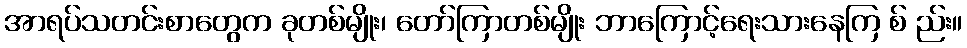
အာရပ်သတင်းစာတွေက ခုတစ်မျိုး၊ တော်ကြာတစ်မျိုး ဘာကြောင့်ရေးသားနေကြ စ် ည်း။